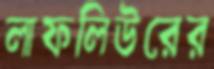
লাফলিউরের